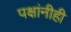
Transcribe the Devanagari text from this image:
पक्षांनीही